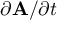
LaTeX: \partial \mathbf { A } / \partial t